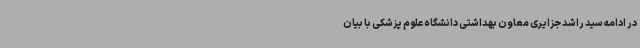
در ادامه سید راشد جزایری معاون بهداشتی دانشگاه علوم پزشکی با بیان